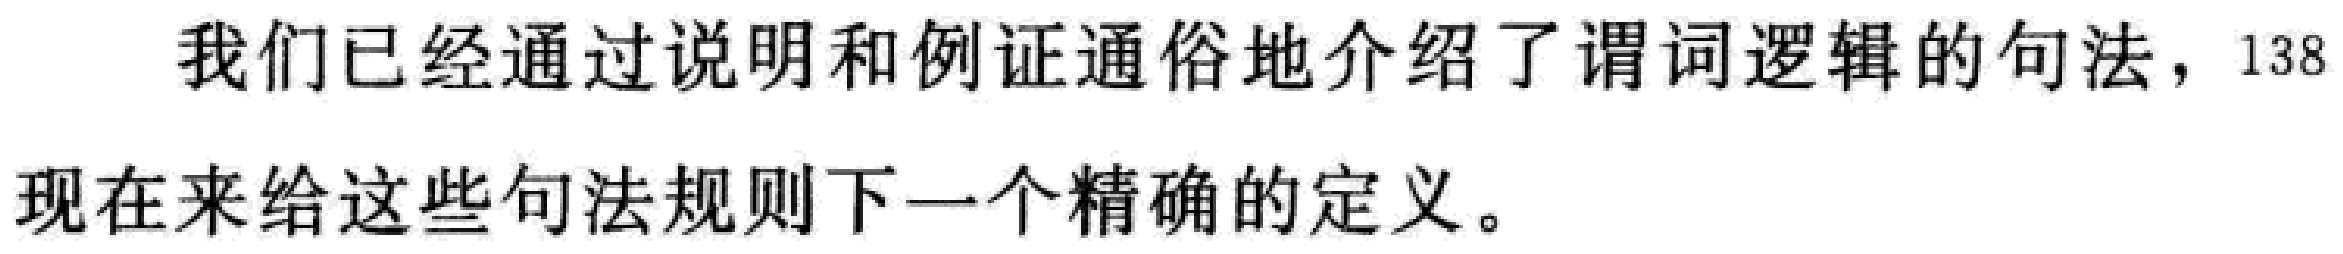
我们已经通过说明和例证通俗地介绍了谓词逻辑的句法，138
现在来给这些句法规则下一个精确的定义。